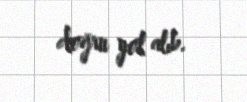
doğru yol alıb.